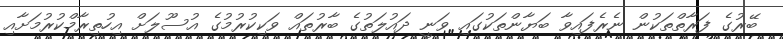
ބޭރުގެ ފަރާތްތަކުން ނެރެފައިވާ ބަޔާންތަކުގައި ވަނީ ދައުލަތުގެ ބާރުތައް ވަކިކުރުމުގެ އުސޫލަށް އިހުތިރާމްކުރުމަށާއި